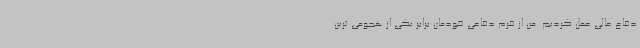
دفاع عالی عمل کردیم. من از فرم دفاعی خودمان برابر یکی از هجومی ترین